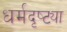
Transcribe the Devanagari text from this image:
धर्मदृष्ट्या